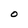
Character: 0